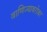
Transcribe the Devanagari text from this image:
वाणिज्याबरोबर